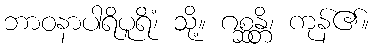
ဘာဝနာပါရိပူရိံ၊ သို့။ ဂစ္ဆန္တိ၊ ကုန်၏။